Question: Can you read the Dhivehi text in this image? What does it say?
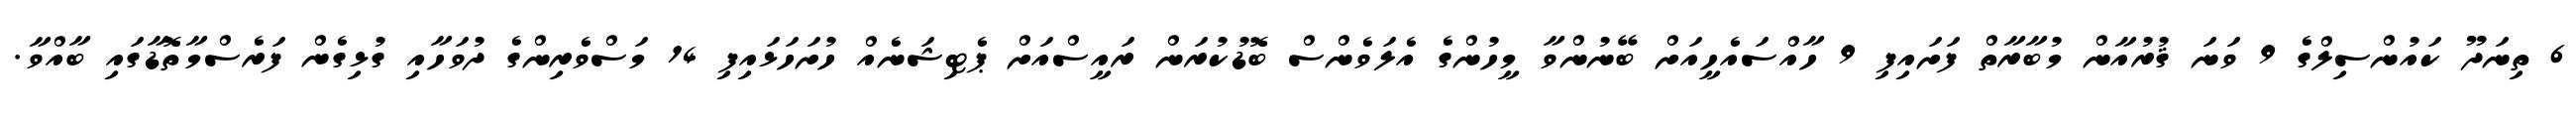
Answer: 6 ތިނަދޫ ކައުންސިލްގެ 9 ވަނަ ޤުރުއާން މުބާރާތް ފަށައިފި 9 ހާއްސައެހީއަށް ބޭނުންވާ މީހުންގެ އެލަވެންސް ބޮޑުކުރަން ރައީސްއަށް ޕެޓިޝަނެއް ހުށަހަޅައިފި 14 މަސްވެރިންގެ ދުވަހާއި ގުޅިގެން ފަރެސްމާތޮޑާގައި ބާއްވާ.